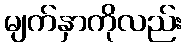
မျက်နှာကိုလည်း